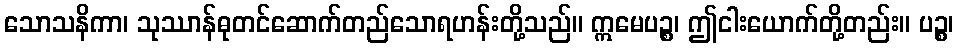
သောသနိကာ၊ သုဿာန်ဓုတင်ဆောက်တည်သောရဟန်းတို့သည်။ ဣမေပဉ္စ၊ ဤငါးယောက်တို့တည်း။ ပဉ္စ၊